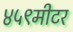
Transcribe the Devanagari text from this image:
४५९मीटर